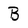
Character: B